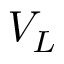
V _ { L }